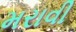
મરાવી